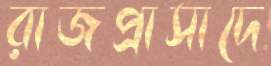
রাজপ্রাসাদে